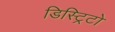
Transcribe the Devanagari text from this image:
डिस्ट्रिटो